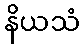
နိယသံ